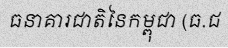
ធនាគារជាតិនៃកម្ពុជា (ធ.ជ